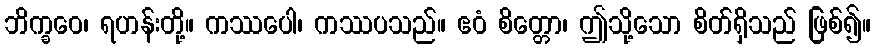
ဘိက္ခဝေ၊ ရဟန်းတို့။ ကဿပေါ၊ ကဿပသည်။ ဧဝံ စိတ္တော၊ ဤသို့သော စိတ်ရှိသည် ဖြစ်၍။